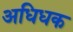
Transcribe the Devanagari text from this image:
अधिधक